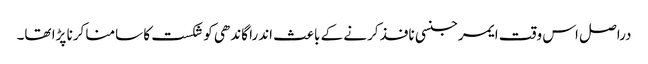
دراصل اس وقت ایمرجنسی نافذ کرنے کے باعث اندرا گاندھی کو شکست کا سامنا کرنا پڑا تھا۔